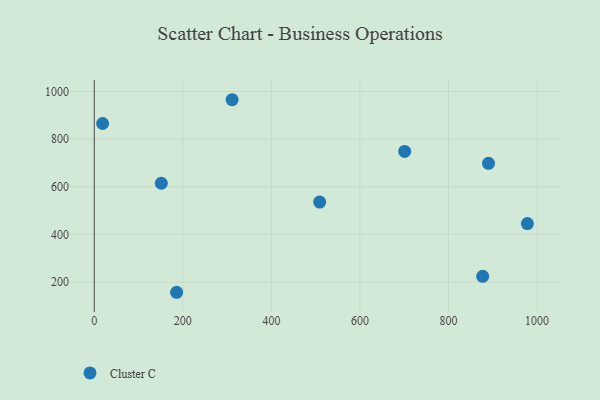
{"axis": {"x": "Price", "y": "Rating"}, "legend": ["Cluster C"], "data": [{"x": "151.4", "y": 614.6, "type": "Cluster C"}, {"x": "311.3", "y": 965.5, "type": "Cluster C"}, {"x": "890.3", "y": 698.2, "type": "Cluster C"}, {"x": "186.0", "y": 156.6, "type": "Cluster C"}, {"x": "509.1", "y": 535.5, "type": "Cluster C"}, {"x": "18.9", "y": 865.6, "type": "Cluster C"}, {"x": "978.1", "y": 445.4, "type": "Cluster C"}, {"x": "877.2", "y": 223.8, "type": "Cluster C"}, {"x": "701.0", "y": 748.2, "type": "Cluster C"}]}